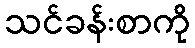
သင်ခန်းစာကို